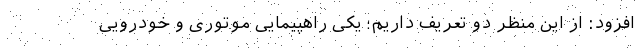
افزود: از این منظر دو تعریف داریم؛ یکی راهپیمایی موتوری و خودرویی